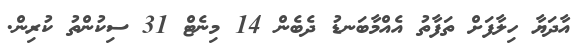
އާދަޔާ ހިލާފަށް ތަފާތު އެއްމާބަނޑު ދެބެން 14 މިނެޓް 31 ސިކުންތު ކުރިން.